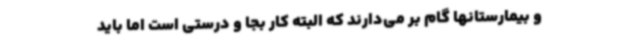
و بیمارستانها گام بر می‌دارند که البته کار بجا و درستی است اما باید